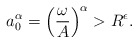
\begin{align*}a_0^{\alpha}=\left(\frac{\omega}{A}\right)^{\alpha}>R^{\epsilon}.\end{align*}